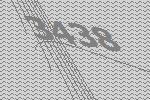
3438